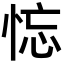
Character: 𢚚